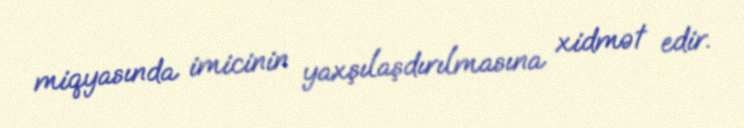
miqyasında imicinin yaxşılaşdırılmasına xidmət edir.